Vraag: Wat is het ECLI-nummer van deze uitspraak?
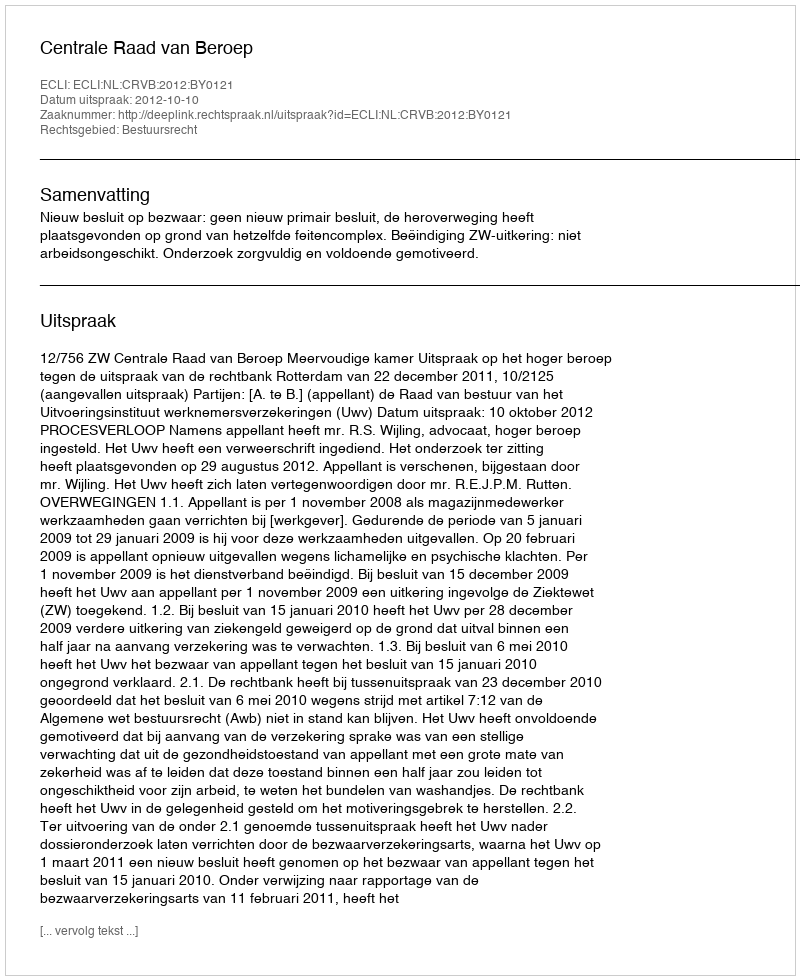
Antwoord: ECLI:NL:CRVB:2012:BY0121